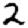
Digit: 2